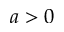
a > 0